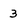
Character: 3